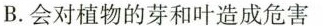
B.会对植物的芽和叶造成危害